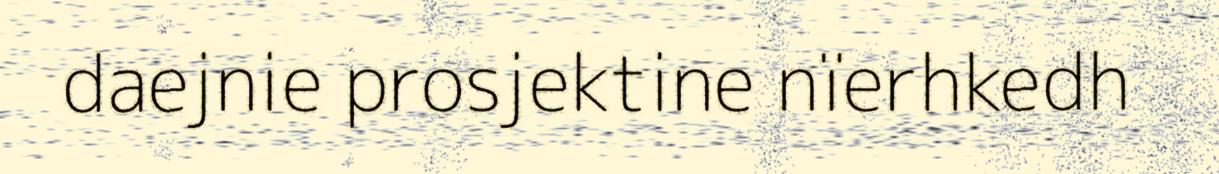
daejnie prosjektine nïerhkedh